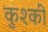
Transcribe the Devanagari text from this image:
कुश्की